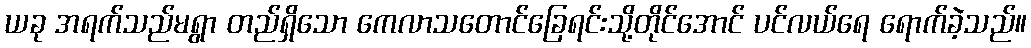
ယခု အရက်သည်မရွာ တည်ရှိသော ကေလာသတောင်ခြေရင်းသို့တိုင်အောင် ပင်လယ်ရေ ရောက်ခဲ့သည်။